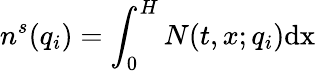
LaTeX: n^{s}(q_{i})=\int_{0}^{H}N(t,x;q_{i})\mathrm{{d}x}